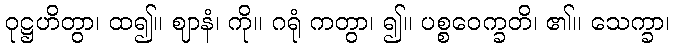
ဝုဋ္ဌဟိတွာ၊ ထ၍။ ဈာနံ၊ ကို။ ဂရုံ ကတွာ၊ ၍။ ပစ္စဝေက္ခတိ၊ ၏။ သေက္ခာ၊